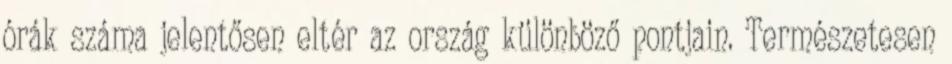
órák száma jelentősen eltér az ország különböző pontjain. Természetesen